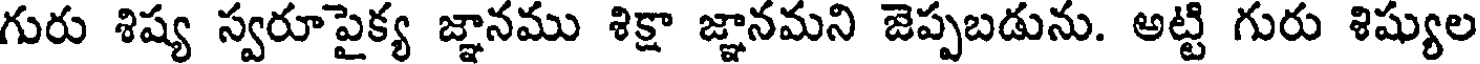
గురు శిష్య స్వరూపైక్య జ్ఞానము శిక్షా జ్ఞానమని జెప్పబడును. అట్టి గురు శిష్యుల